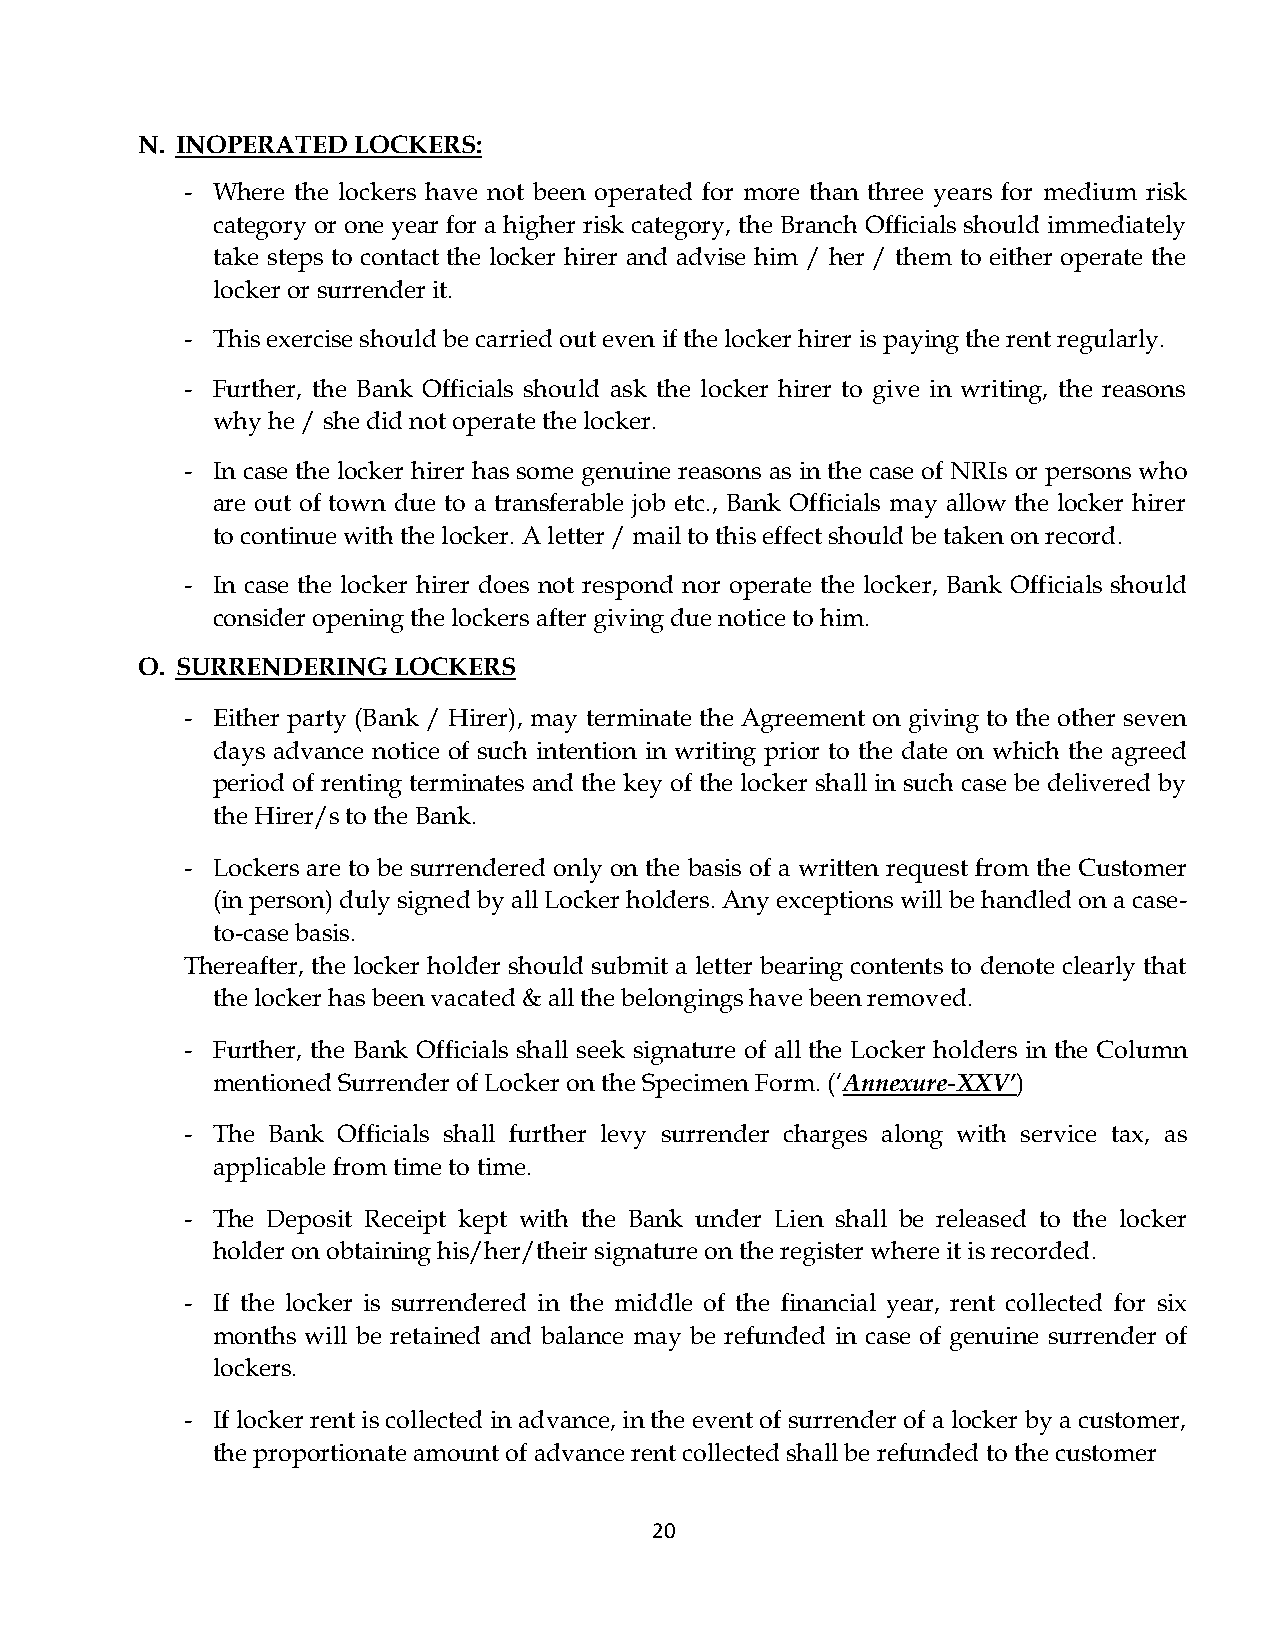
N. INOPERATED LOCKERS:
 - Where the lockers have not been operated for more than three years for medium risk
 category or one year for a higher risk category, the Branch Officials should immediately
 take steps to contact the locker hirer and advise him / her / them to either operate the
 locker or surrender it.
 - This exercise should be carried out even if the locker hirer is paying the rent regularly.
 - Further, the Bank Officials should ask the locker hirer to give in writing, the reasons
 why he / she did not operate the locker.
 - In case the locker hirer has some genuine reasons as in the case of NRIs or persons who
 are out of town due to a transferable job etc., Bank Officials may allow the locker hirer
 to continue with the locker. A letter / mail to this effect should be taken on record.
 - In case the locker hirer does not respond nor operate the locker, Bank Officials should
 consider opening the lockers after giving due notice to him.
 O. SURRENDERING  LOCKERS
 - Either party (Bank / Hirer), may terminate the Agreement on giving to the other seven
 days advance notice of such intention in writing prior to the date on which the agreed
 period of renting terminates and the key of the locker shall in such case be delivered by
 the Hirer/s to the Bank.
 - Lockers are to be surrendered only on the basis of a written request from the Customer
 (in person) duly signed by all Locker holders. Any exceptions will be handled on a case-
 to-case basis.
 Thereafter, the locker holder should submit a letter bearing contents to denote clearly that
 the locker has been vacated & all the belongings have been removed.
 - Further, the Bank Officials shall seek signature of all the Locker holders in the Column
 mentioned Surrender of Locker on the Specimen Form. (‘Annexure-XXV’)
 - The Bank Officials shall further levy surrender charges along with service tax, as
 applicable from time to time.
 - The Deposit Receipt kept with the Bank under Lien shall be released to the locker
 holder on obtaining his/her/their signature on the register where it is recorded.
 - If the locker is surrendered in the middle of the financial year, rent collected for six
 months will be retained and balance may be refunded in case of genuine surrender of
 lockers.
 - If locker rent is collected in advance, in the event of surrender of a locker by a customer,
 the proportionate amount of advance rent collected shall be refunded to the customer
 20